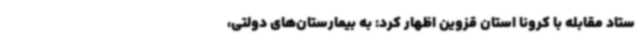
ستاد مقابله با کرونا استان قزوین اظهار کرد: به بیمارستان‌های دولتی،